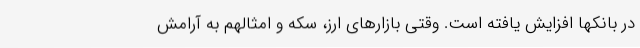
در بانکها افزایش یافته است. وقتی بازارهای ارز، سکه و امثالهم به آرامش